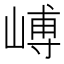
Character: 𪩉